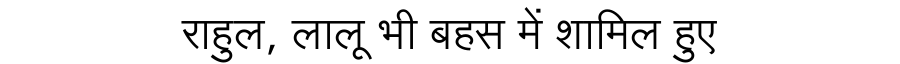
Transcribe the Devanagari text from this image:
राहुल, लालू भी बहस में शामिल हुए